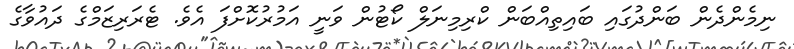
ނިމެންދެން ބަންދުގައި ބައިތިއްބަން ކްރިމިނަލް ކޯޓުން ވަނީ އަމުރުކޮށްފަ އެވެ. ޓެރަރިޒަމްގެ ދައުވާގެ